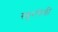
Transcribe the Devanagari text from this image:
स्फुरलेली